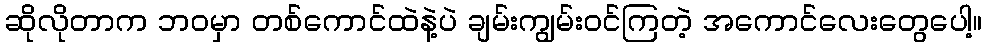
ဆိုလိုတာက ဘဝမှာ တစ်ကောင်ထဲနဲ့ပဲ ချမ်းကျွမ်းဝင်ကြတဲ့ အကောင်လေးတွေပေါ့။